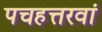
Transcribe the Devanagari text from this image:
पचहत्तरवां